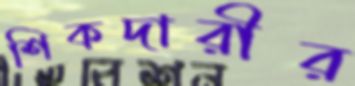
শিকদারীর